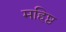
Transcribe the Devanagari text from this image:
महिष्ठ